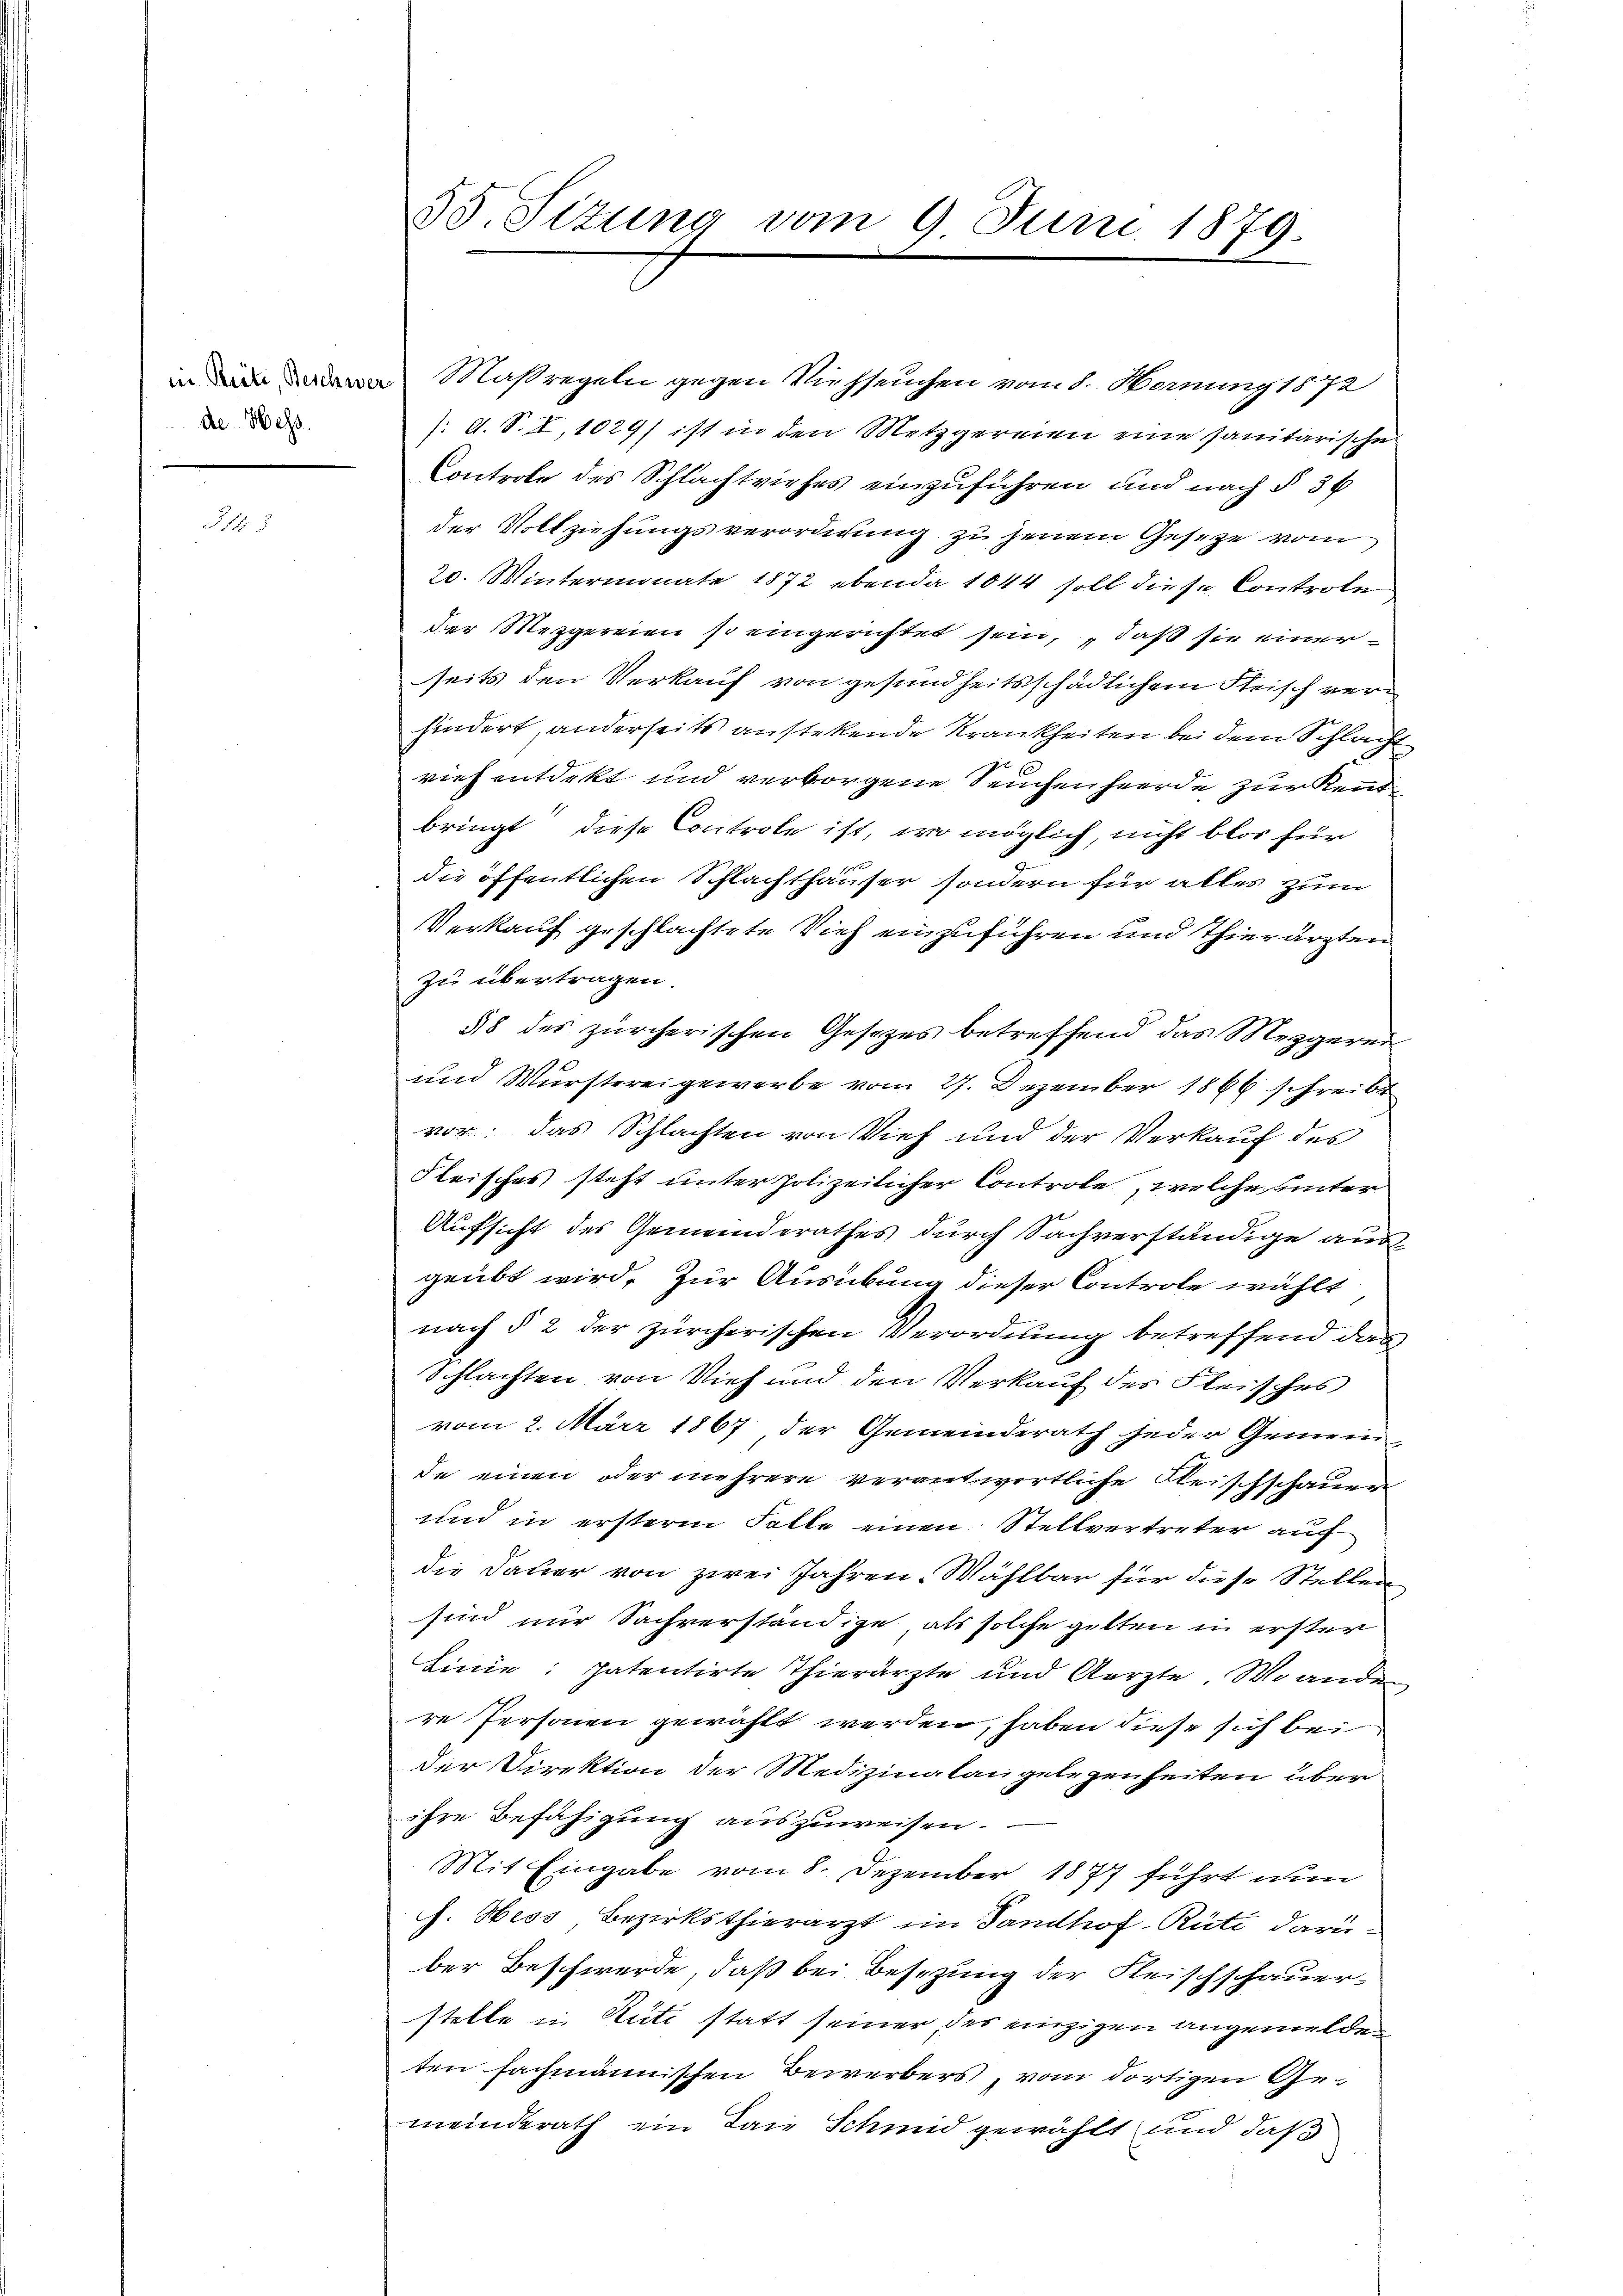
de Hess.

.

55. Sizung vom 9. Juni 1879.

in Maßregeln gegen Viehseuchen vom 1. Meinung 1872
/. d. S. I,1029) ist in den Metzgereien eine sanitarische
Controle des Schlachtviehes einzuführen und nach § 36
der Vollziehungsverordnung zu jenem Gesetze vom
20. Wintermonate 1872 ebenda 1044 soll diese Controle
der Mezgereien so eingerichtet sein, daß sie einer
seits den Verkauf von gesundheitsschädlichem Fleisch verhindert, anderseits anstetende Krankheiten bei dem Schlacht
vieh entdekt und verborgene Seuchen herde zur Kenntbringt diese Controle ist, wo möglich, nicht blos für
die öffentlichen Schlachthäuser sondern für alles zum
Verkauf geschlachtete Vieh einzuführen und Thierärzten
zu übertragen.
§ 8 des zürcherischen Gesetzes betreffend das Mezgeren
und Wurstereigewerbe vom 27. Dezember 1866 schreibt
vor; das Schlachten von Vieh und der Verkauf des
Fleisches steht unter polizeilicher Controle, welche unter
Aufsicht des Gemeinderathes durch Sachverständige aus
geübt wird. Zur Ausübung dieser Controle wählt
nach § 2 der zürcherischen Verordnung betreffend das
Schlachten von Vieh und den Verkauf des Fleisches
vom 2. März 1867 der Gemeinderath jeder Gemein
de einen oder mehrere verantwortliche Reischschauer
und in ersterm Falle einen Stellvertreter auf
die Dauer von zwei Jahren-Wählbar für diese Stellen
sind nur Sachverständige, als solche gelten in erster
Linie: patentirte Thierärzte und Aerzte, Woander
re Personen gewählt werden, haben diese sich bei
der Direktion der Medizinalangelegenheiten überihre Befähigung auszuweisen.
Mit Eingabe vom 8. Dezember 1877 führt nun
. Hess Bezirksthierarzt im Sandhof-Rüti darüber Beschwerde, daß bei Besezung der Fleischschauerstelle in Rüti statt seiner des einzigen angemelden
ten fachmännischen Bewerbers, vom dortigen Gemeinderath ein Laie Schmid gewählt und daß